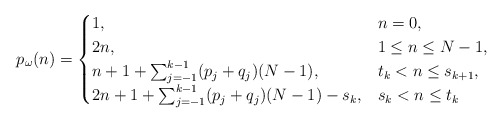
\begin{align*}p_{\omega}(n)=\begin{cases}1, & n = 0, \\2n,& 1\leq n\leq N-1,\\n + 1 + \sum_{j=-1}^{k-1}(p_{j} + q_{j})(N - 1) ,& t_k< n \leq s_{k+1},\\2n + 1 + \sum_{j=-1}^{k-1} (p_{j} + q_{j} ) (N - 1) - s_k,& s_k < n \leq t_k\end{cases}\end{align*}